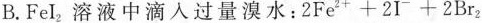
B.FeI_{2}溶液中滴入过量溴水：$$2Fe^{2+}+2I^{-}+2Br_{2}$$